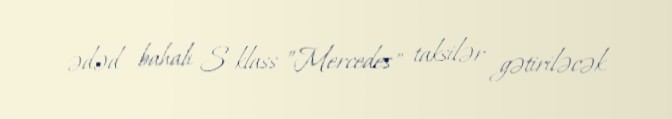
ədəd bahalı S-klass ”Mercedes" taksilər gətiriləcək.